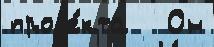
проjе́кта   Он